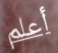
أعلم